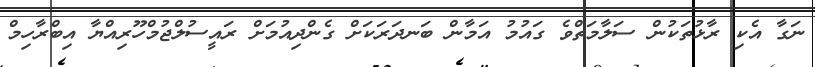
ނަގާ އެކި ރާޅުތަކުން ސަލާމަތްވެ ގައުމު އަމާން ބަނދަރަކަށް ގެންދިއުމަށް ރައީސުލްޖުމްހޫރިއްޔާ އިބްރާހިމް